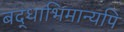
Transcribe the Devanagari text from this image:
बद्धाभिमान्यपि